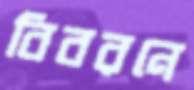
বিবরনে